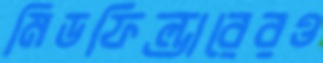
মিডফিল্ডারেরও